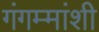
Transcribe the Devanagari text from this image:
गंगम्मांशी